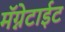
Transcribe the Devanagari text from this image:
मॅग्नेटाईट